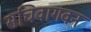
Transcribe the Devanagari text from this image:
सचिवागवन